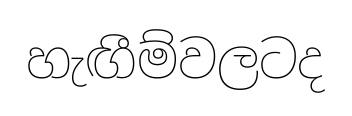
හැඟීම්වලටද